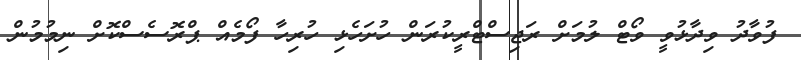
ފުވާދު ވިދާޅުވީ ވޯޓް ލުމަށް ރަޖިސްޓްރީކުރަން ހުށަހެޅި ހުރިހާ ފޯމެއް ޕްރޮސެސްކޮށް ނިމުމުން